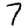
Digit: 7